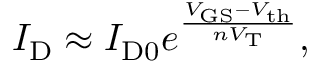
I _ { \mathrm { D } } \approx I _ { \mathrm { D 0 } } e ^ { \frac { V _ { \mathrm { G S } } - V _ { \mathrm { t h } } } { n V _ { \mathrm { T } } } } ,